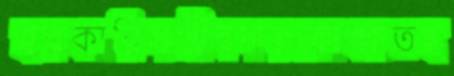
হরকারিসঞ্জীবদারকোব্বাতহ